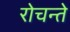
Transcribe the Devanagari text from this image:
रोचन्ते